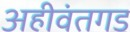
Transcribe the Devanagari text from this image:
अहीवंतगड